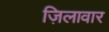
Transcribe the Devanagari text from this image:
ज़िलावार